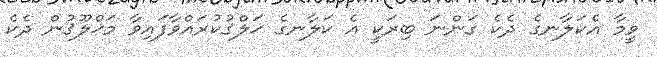
ވީމާ އެކަލާނގެ ދެކެ ގަންނަ ބިރަކީ އެ ކަލާނގެ ޚަލްޤުކުރައްވާފައިވާ މަޚްލޫޤުން ދެކެ